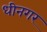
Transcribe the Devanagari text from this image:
धीनगर